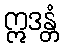
ဣဒန္တံ